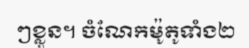
ៗខ្លួន។ ចំណែកម៉ូតូទាំង២